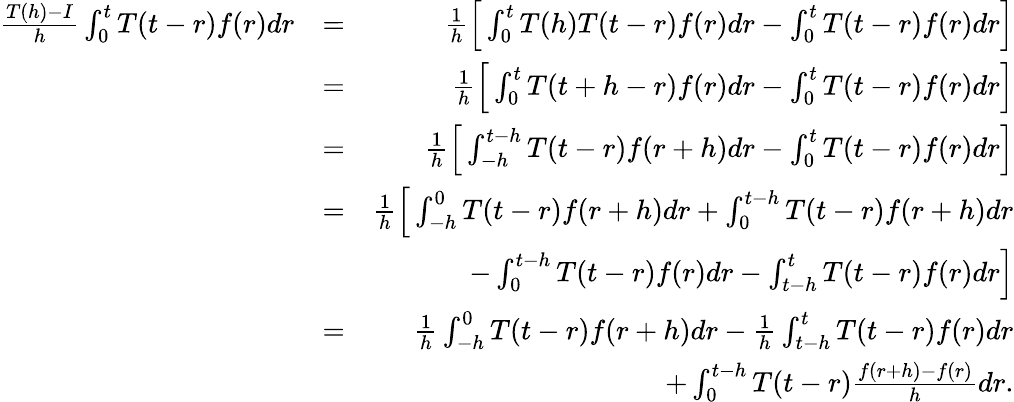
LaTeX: \begin{array}{rlr}{\frac{T(h)-I}{h}\int_{0}^{t}T(t-r)f(r)dr}&{=}&{\frac{1}{h}\Big[\int_{0}^{t}T(h)T(t-r)f(r)dr-\int_{0}^{t}T(t-r)f(r)dr\Big]}\\ &{=}&{\frac{1}{h}\Big[\int_{0}^{t}T(t+h-r)f(r)dr-\int_{0}^{t}T(t-r)f(r)dr\Big]}\\ &{=}&{\frac{1}{h}\Big[\int_{-h}^{t-h}T(t-r)f(r+h)dr-\int_{0}^{t}T(t-r)f(r)dr\Big]}\\ &{=}&{\frac{1}{h}\Big[\int_{-h}^{0}T(t-r)f(r+h)dr+\int_{0}^{t-h}T(t-r)f(r+h)dr}\\ &{}&{\qquad-\int_{0}^{t-h}T(t-r)f(r)dr-\int_{t-h}^{t}T(t-r)f(r)dr\Big]}\\ &{=}&{\frac{1}{h}\int_{-h}^{0}T(t-r)f(r+h)dr-\frac{1}{h}\int_{t-h}^{t}T(t-r)f(r)dr}\\ &{}&{+\int_{0}^{t-h}T(t-r)\frac{f(r+h)-f(r)}{h}dr.}\end{array}